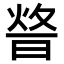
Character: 𤉴